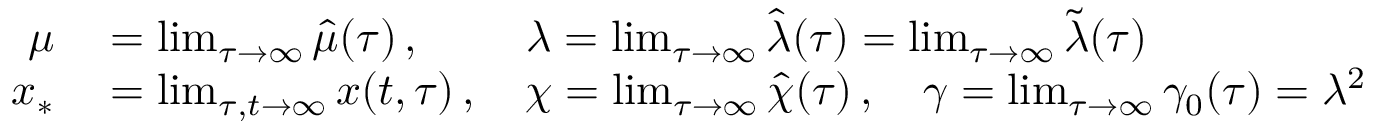
\begin{array} { r l } { \mu } & { { } = \operatorname* { l i m } _ { \tau \rightarrow \infty } \hat { \mu } ( \tau ) \, , \, \, \qquad \lambda = \operatorname* { l i m } _ { \tau \rightarrow \infty } \hat { \lambda } ( \tau ) = \operatorname* { l i m } _ { \tau \rightarrow \infty } \tilde { \lambda } ( \tau ) } \\ { x _ { * } } & { { } = \operatorname* { l i m } _ { \tau , t \rightarrow \infty } x ( t , \tau ) \, , \quad \chi = \operatorname* { l i m } _ { \tau \rightarrow \infty } \hat { \chi } ( \tau ) \, , \quad \gamma = \operatorname* { l i m } _ { \tau \rightarrow \infty } \gamma _ { 0 } ( \tau ) = \lambda ^ { 2 } } \end{array}